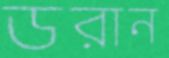
ডরান